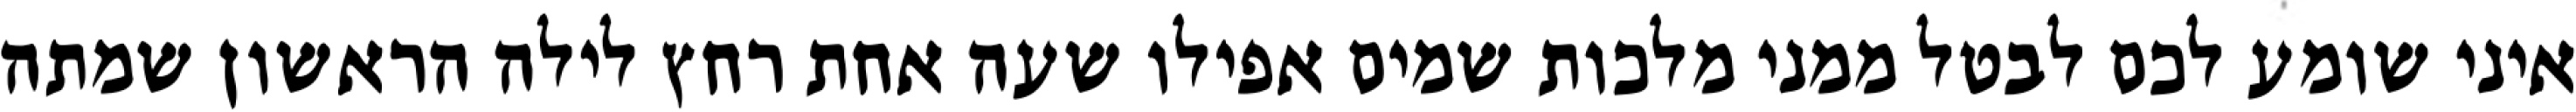
איני שומע לכם לבטל ממני מלכות שמים אפילו שעה אחת רחץ לילה הראשון שמתה